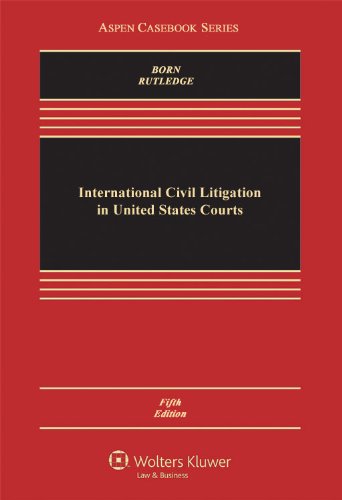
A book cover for International Civil Litigation in United States Courts, Fifth Edition (Aspen Casebooks); Gary B. Born; Law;